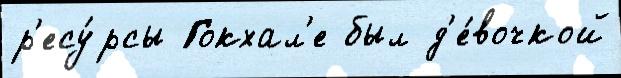
р'есу́рсы Гокхал'е был д'е́вочкой